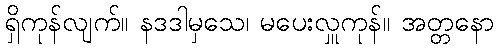
ရှိကုန်လျက်။ နဒဒါမှသေ၊ မပေးလှူကုန်။ အတ္တနော